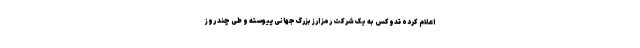
اعلام کرده تدوکس به یک شرکت رمز ارز بزرگ جهانی پیوسته و طی چند روز